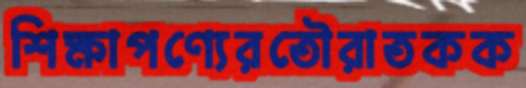
শিক্ষাপণ্যেরতৌরাতকক